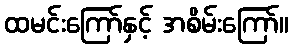
ထမင်းကြော်နှင့် အစိမ်းကြော်။